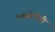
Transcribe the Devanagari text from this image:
एमवीपीडी